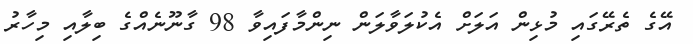
އޭގެ ތެރޭގައި މުޅިން އަލަށް އެކުލަވާލަން ނިންމާފައިވާ 98 ގާނޫނެއްގެ ބިލާއި މިހާރު